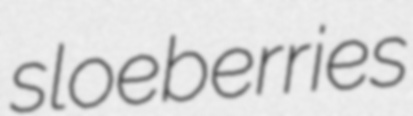
sloeberries